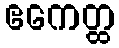
ဧကေတ္ထ